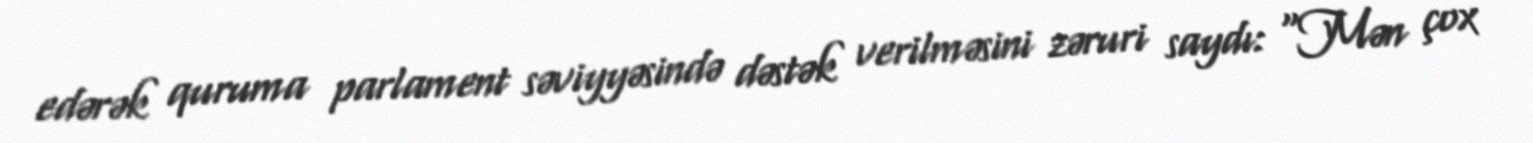
edərək quruma parlament səviyyəsində dəstək verilməsini zəruri saydı: “Mən çox